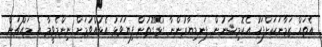
އެތައް ޒަމާނަކަށްފަހު އެކޮމިޝަނުން ފަނޑިޔާރުންނާ ގުޅޭގޮތުން ފިޔަވަޅު އެޅުއްވުމަށް ނިންމެވީމާ އެ މައްޗަށް